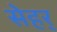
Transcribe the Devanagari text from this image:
सेहर्